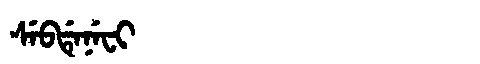
Manchu: ᠰᡝᠪᡩᡝᠨᡝᠸᡳ
Romanization: SEBDENEFI